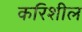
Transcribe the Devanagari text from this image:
करिशील